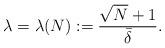
LaTeX: \begin{align*}\lambda=\lambda(N):=\frac{\sqrt N+1}{\bar\delta}.\end{align*}